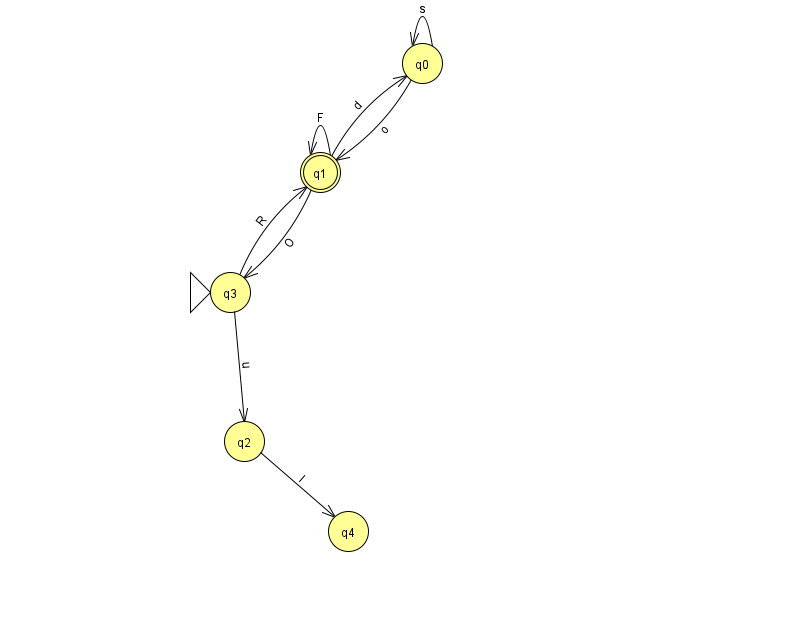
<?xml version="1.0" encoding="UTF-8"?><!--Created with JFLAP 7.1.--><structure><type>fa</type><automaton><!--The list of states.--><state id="0" name="q0"><x>422.0</x><y>50.0</y></state><state id="1" name="q1"><x>320.0</x><y>159.0</y><final/></state><state id="2" name="q2"><x>244.0</x><y>428.0</y></state><state id="3" name="q3"><x>230.0</x><y>279.0</y><initial/></state><state id="4" name="q4"><x>348.0</x><y>518.0</y></state><!--The list of transitions.--><transition><from>0</from><to>0</to><read>s</read></transition><transition><from>0</from><to>1</to><read>o</read></transition><transition><from>1</from><to>1</to><read>F</read></transition><transition><from>3</from><to>2</to><read>u</read></transition><transition><from>1</from><to>3</to><read>O</read></transition><transition><from>1</from><to>0</to><read>d</read></transition><transition><from>3</from><to>1</to><read>R</read></transition><transition><from>2</from><to>4</to><read>l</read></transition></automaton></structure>